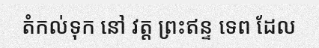
តំកល់ទុក នៅ វត្ត ព្រះឥន្ទ ទេព ដែល